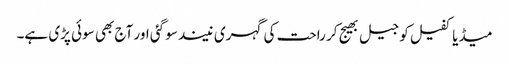
میڈیا کفیل کو جیل بھیج کر راحت کی گہری نیند سو گئی اور آج بھی سوئی پڑی ہے۔